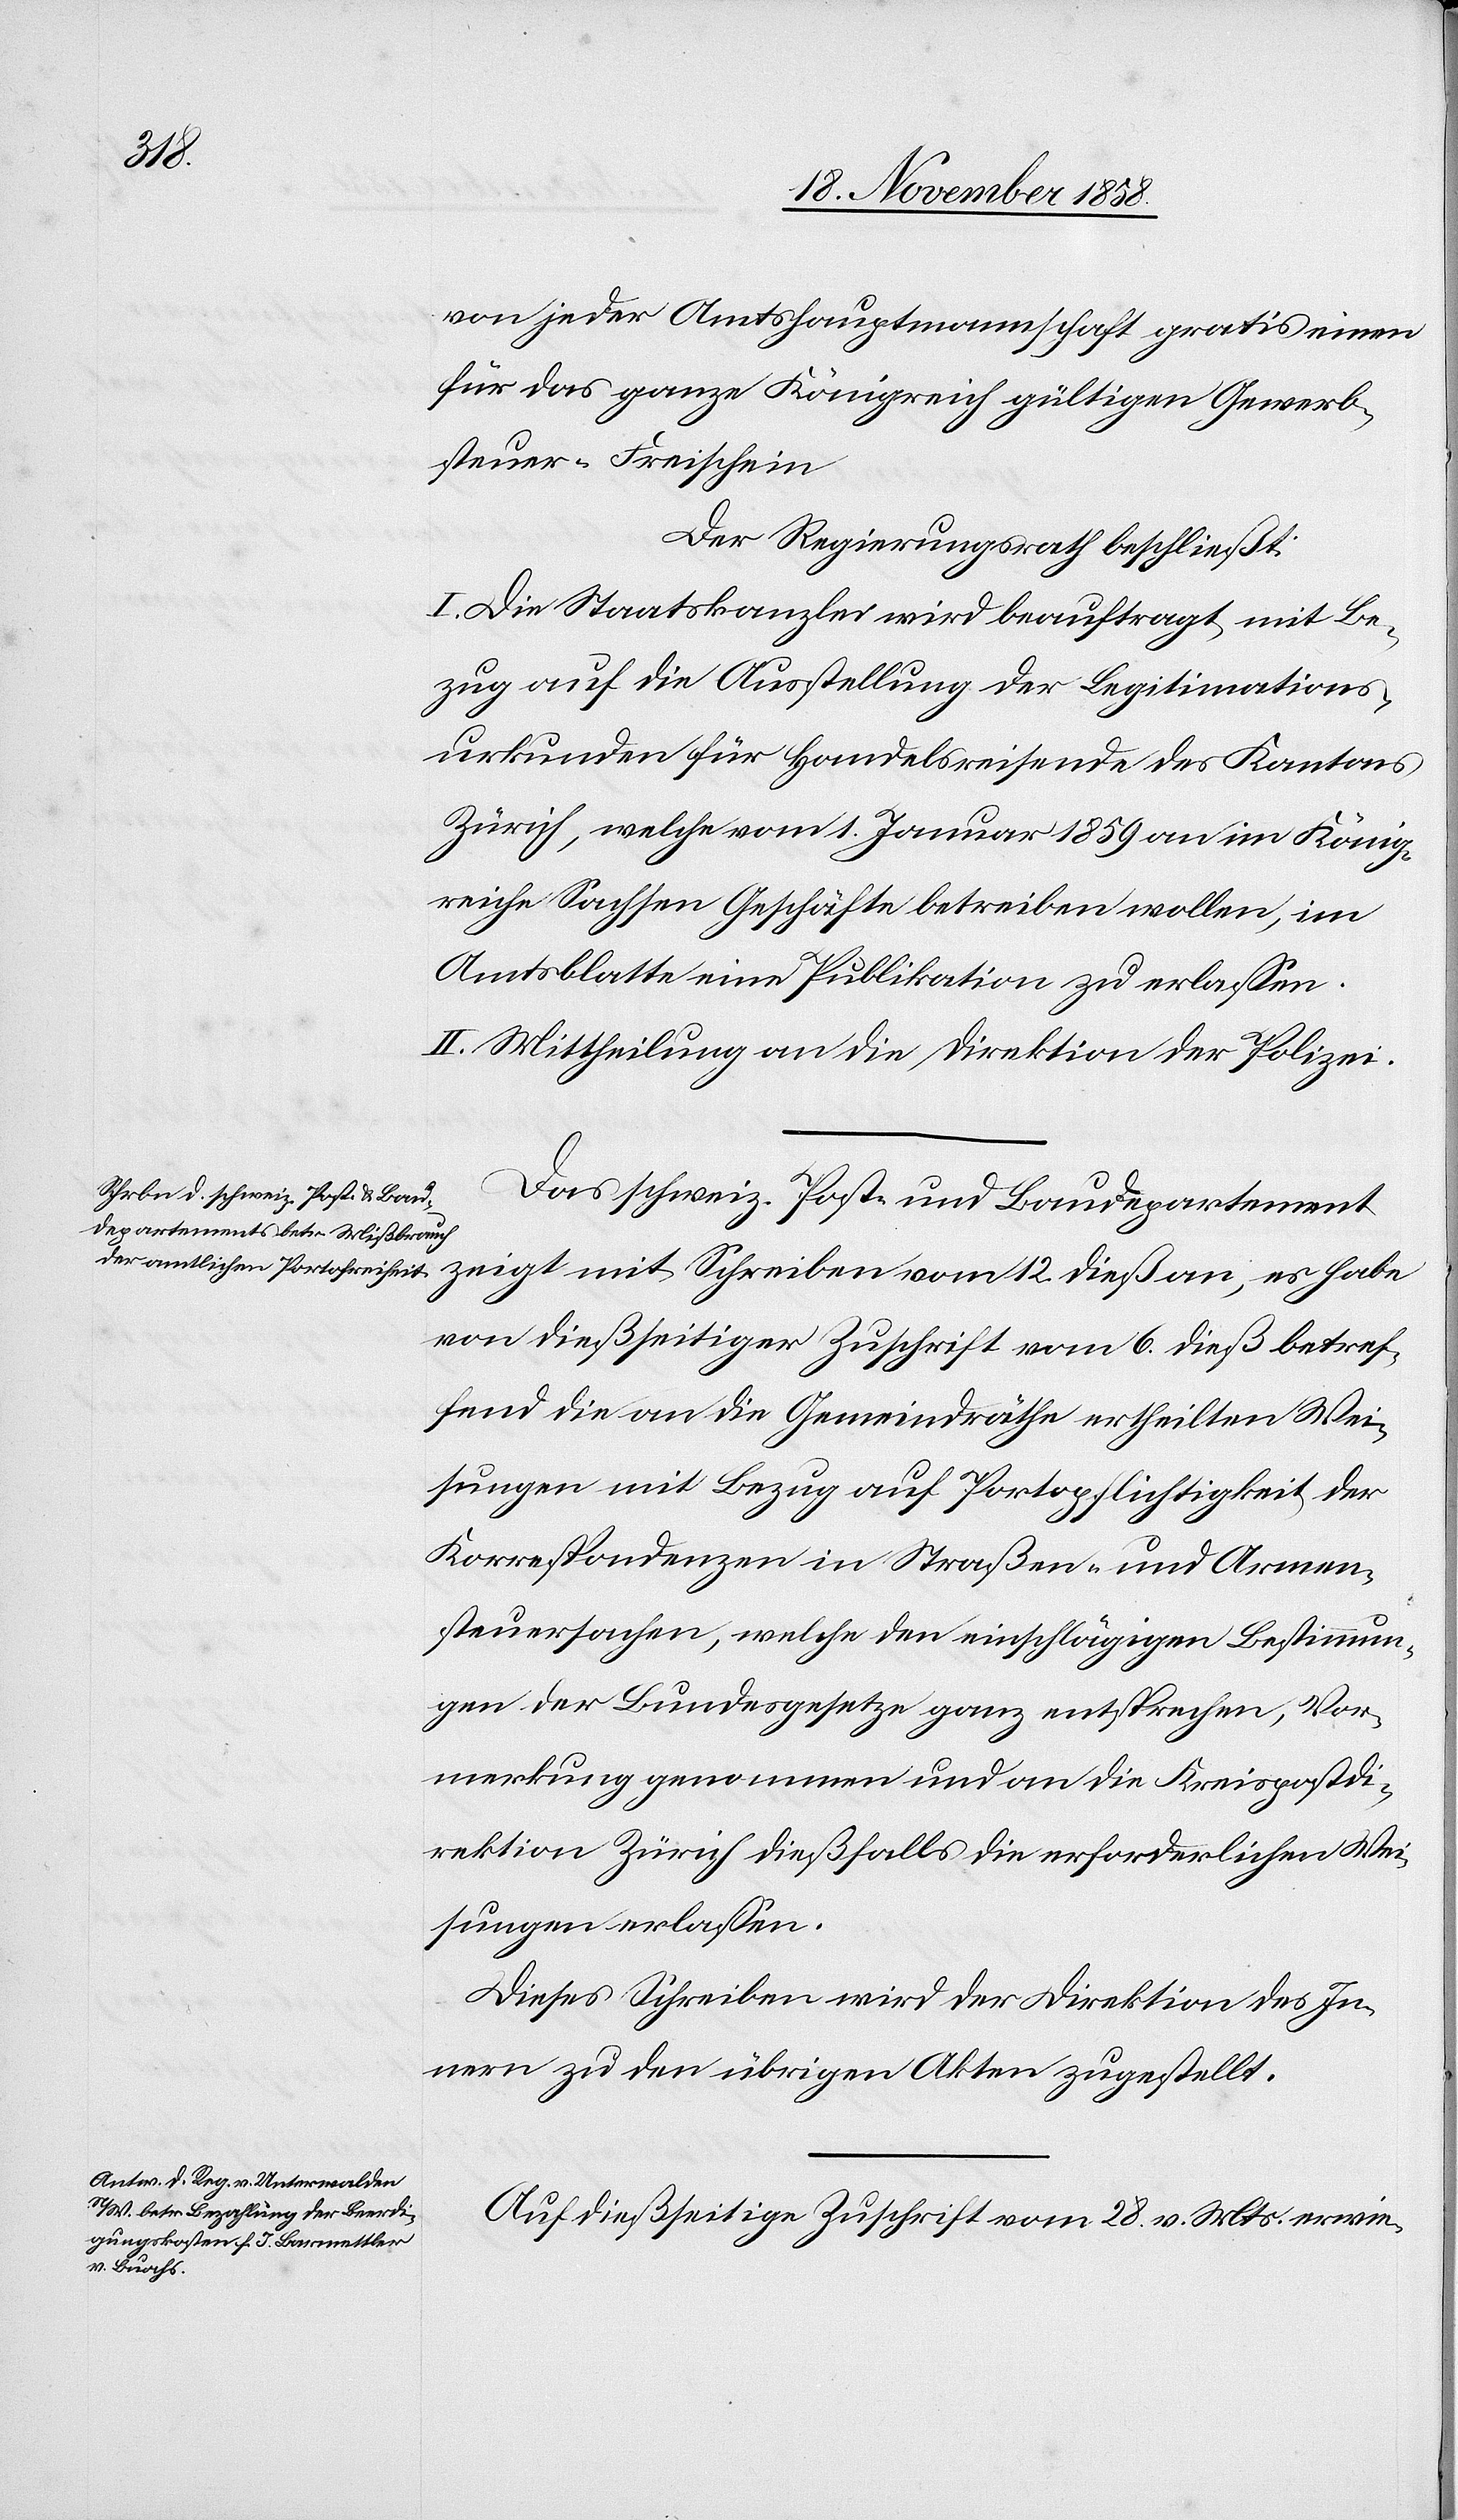
12.
von jeder Amtshauptmannschaft gratis einen
für das ganze Königreich gültigen Gewerb¬
steuer-Freischein
Der Regierungsrath beschließt:
I. Die Staatskanzlei wird beauftragt, mit Be¬
zug auf die Ausstellung der Legitimations¬
urkunden für Handelsreisende des Kantons
Zürich, welche vom 1. Januar 1859 an im König¬
reiche Sachsen Geschäfte betreiben wollen, im
Amtsblatte eine Publikation zu erlassen.
II. Mittheilung an die Direktion der Polizei.
Das schweiz. Post- und Baudepartement
von dießseitiger Zuschrift vom 6. dieß betref¬
fend die an die Gemeindräthe ertheilten Wei¬
sungen mit Bezug auf Portopflichtigkeit der
Korrespondenzen in Straßen- und Armen¬
steuersachen, welche den einschlägigen Bestimmun¬
gen der Bundesgesetze ganz entsprechen, Vor¬
merkung genommen und an die Kreispostdi¬
rektion Zürich dießfalls die erforderlichen Wei¬
sungen erlassen.
Dieses Schreiben wird der Direktion des In¬
nern zu den übrigen Akten zugestellt.
Auf dießseitige Zuschrift vom 28. v. Mts. erwie-